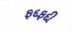
ફદફદી